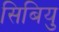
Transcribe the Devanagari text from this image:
सिबियु